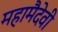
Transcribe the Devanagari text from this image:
महामैदेवी